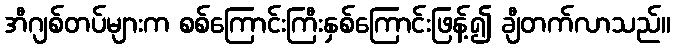
အီဂျစ်တပ်များက စစ်ကြောင်းကြီးနှစ်ကြောင်းဖြန့်၍ ချီတက်လာသည်။